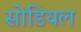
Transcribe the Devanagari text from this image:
सोडियल